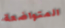
المتواضعة